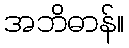
အဘိဓာန်။